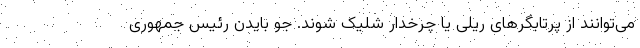
می‌توانند از پرتابگرهای ریلی یا چرخدار شلیک شوند. جو بایدن رئیس جمهوری